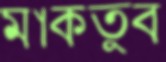
মাকতুব